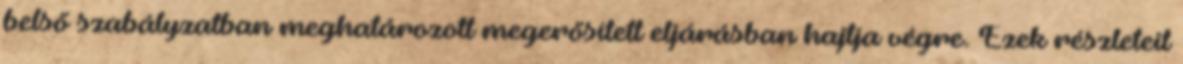
belső szabályzatban meghatározott megerősített eljárásban hajtja végre. Ezek részleteit